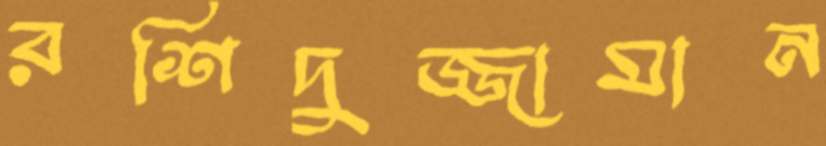
রশিদুজ্জামান